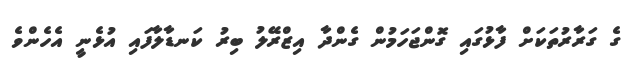
ގެ ގަރާރުތަކަށް ފާޅުގައި ގޮންޖަހަމުން ގެންދާ އިޒްރޭލު ބިރު ކަނޑާލާފައި އުޅެނީ އެހެންވެ